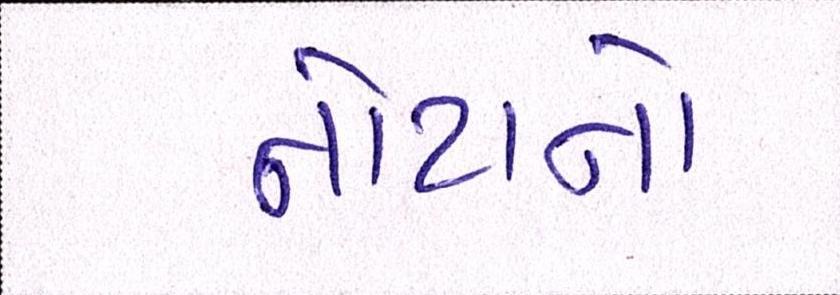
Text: નોટાનો